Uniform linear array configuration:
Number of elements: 32
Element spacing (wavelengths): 0.75
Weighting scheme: blackman
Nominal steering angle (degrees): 15
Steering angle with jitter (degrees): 14.126
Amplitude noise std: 0.05
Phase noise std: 0.05

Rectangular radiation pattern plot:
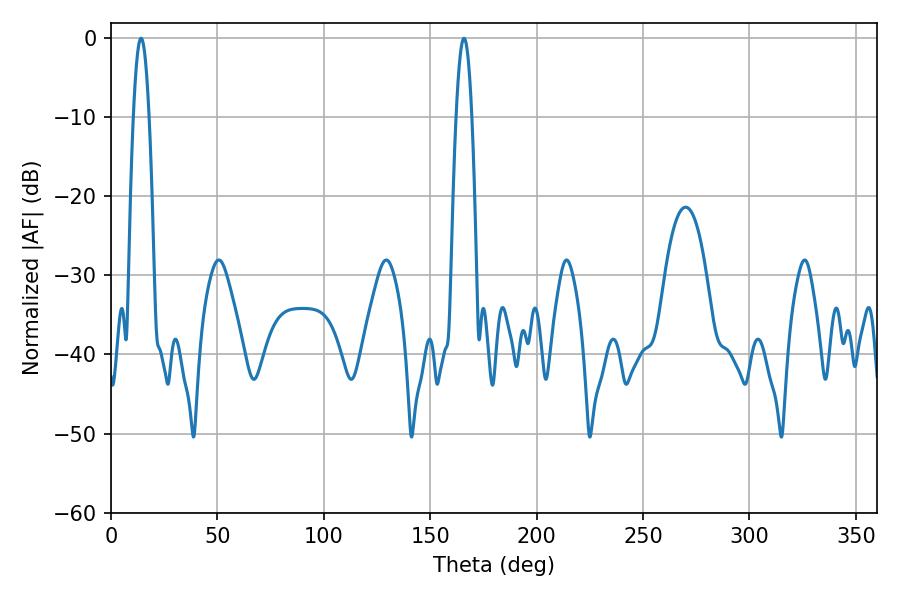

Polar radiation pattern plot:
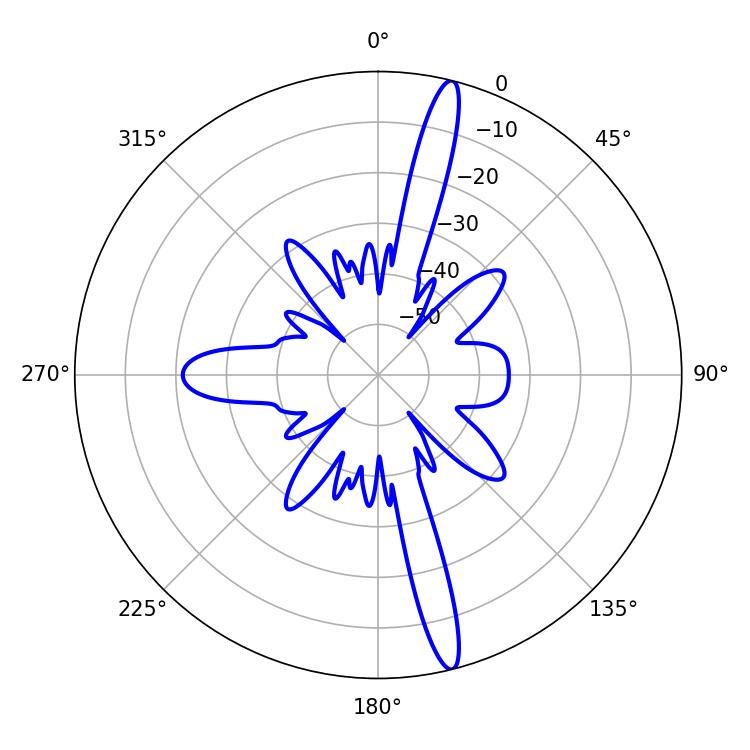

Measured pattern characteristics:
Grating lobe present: TRUE
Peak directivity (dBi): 17.408
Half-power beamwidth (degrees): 4.14
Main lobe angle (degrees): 14.04